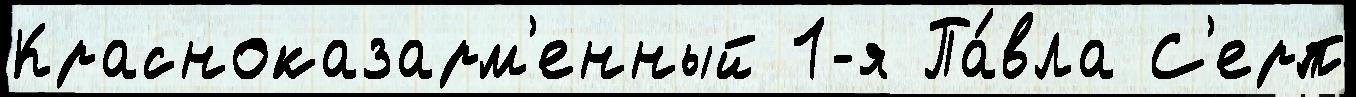
Красноказарм'енный 1-я Па́вла С'ерп